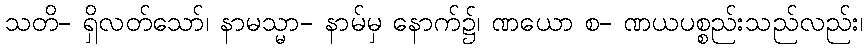
သတိ- ရှိလတ်သော်၊ နာမသ္မာ- နာမ်မှ နောက်၌၊ ဏယော စ- ဏယပစ္စည်းသည်လည်း၊